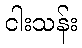
ငါးသန်း